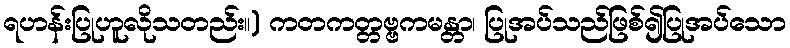
ရဟန်းပြုဟူလိုသတည်း။) ကတကတ္တဗ္ဗကမန္တာ၊ ပြုအပ်သည်ဖြစ်၍ပြုအပ်သော